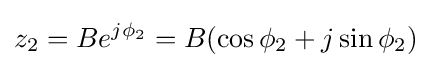
z_{2}=Be^{j\phi _{2}}=B(\cos {\phi _{2}}+j\sin {\phi _{2}})